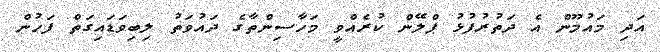
އަދި މައުމޫން އެ ދަތުރުފުޅު ޕްލޭން ކުރެއްވީ މަހާސިންތާގެ ދައުވަތު ލިބިވަޑައިގަތް ފަހުން